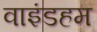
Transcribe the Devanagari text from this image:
वाइंडहम